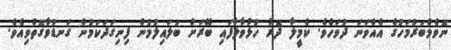
ނޮވެމްބަރުމަހުގެ އެއްވަނަ ދުވަހެވެ. ކެމީލާ ދޮރު ހުޅުވާލާފައި ބޭރަށް ބަލައިލުމުން ފިނިގަދަކަމުން ގަނޑުވާގޮތްވިއެވެ.